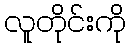
လူတိုင်းကို